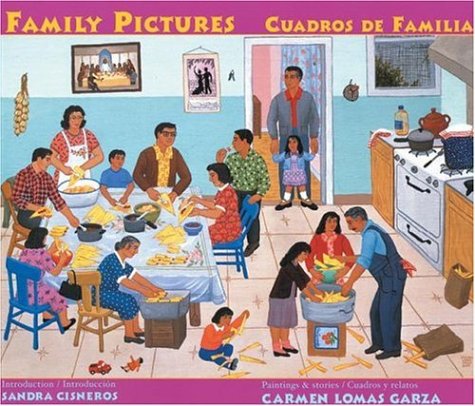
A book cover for Family Pictures, 15th Anniversary Edition / Cuadros de Familia, EdiciÃ³n QuinceaÃ±era; Children's Books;